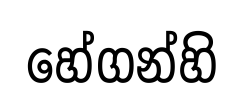
හේගන්හි